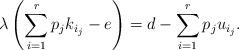
LaTeX: \begin{align*}\lambda\left(\sum_{i=1}^rp_jk_{i_j}-e\right)=d-\sum_{i=1}^rp_ju_{i_j}.\end{align*}